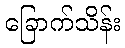
ခြောက်သိန်း